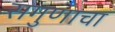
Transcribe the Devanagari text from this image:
सगुणाचा